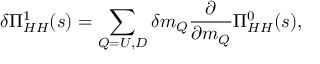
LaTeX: \delta \Pi _ { H H } ^ { 1 } ( s ) = \sum _ { Q = U , D } \delta m _ { Q } { \frac { \partial } { \partial m _ { Q } } } \Pi _ { H H } ^ { 0 } ( s ) ,